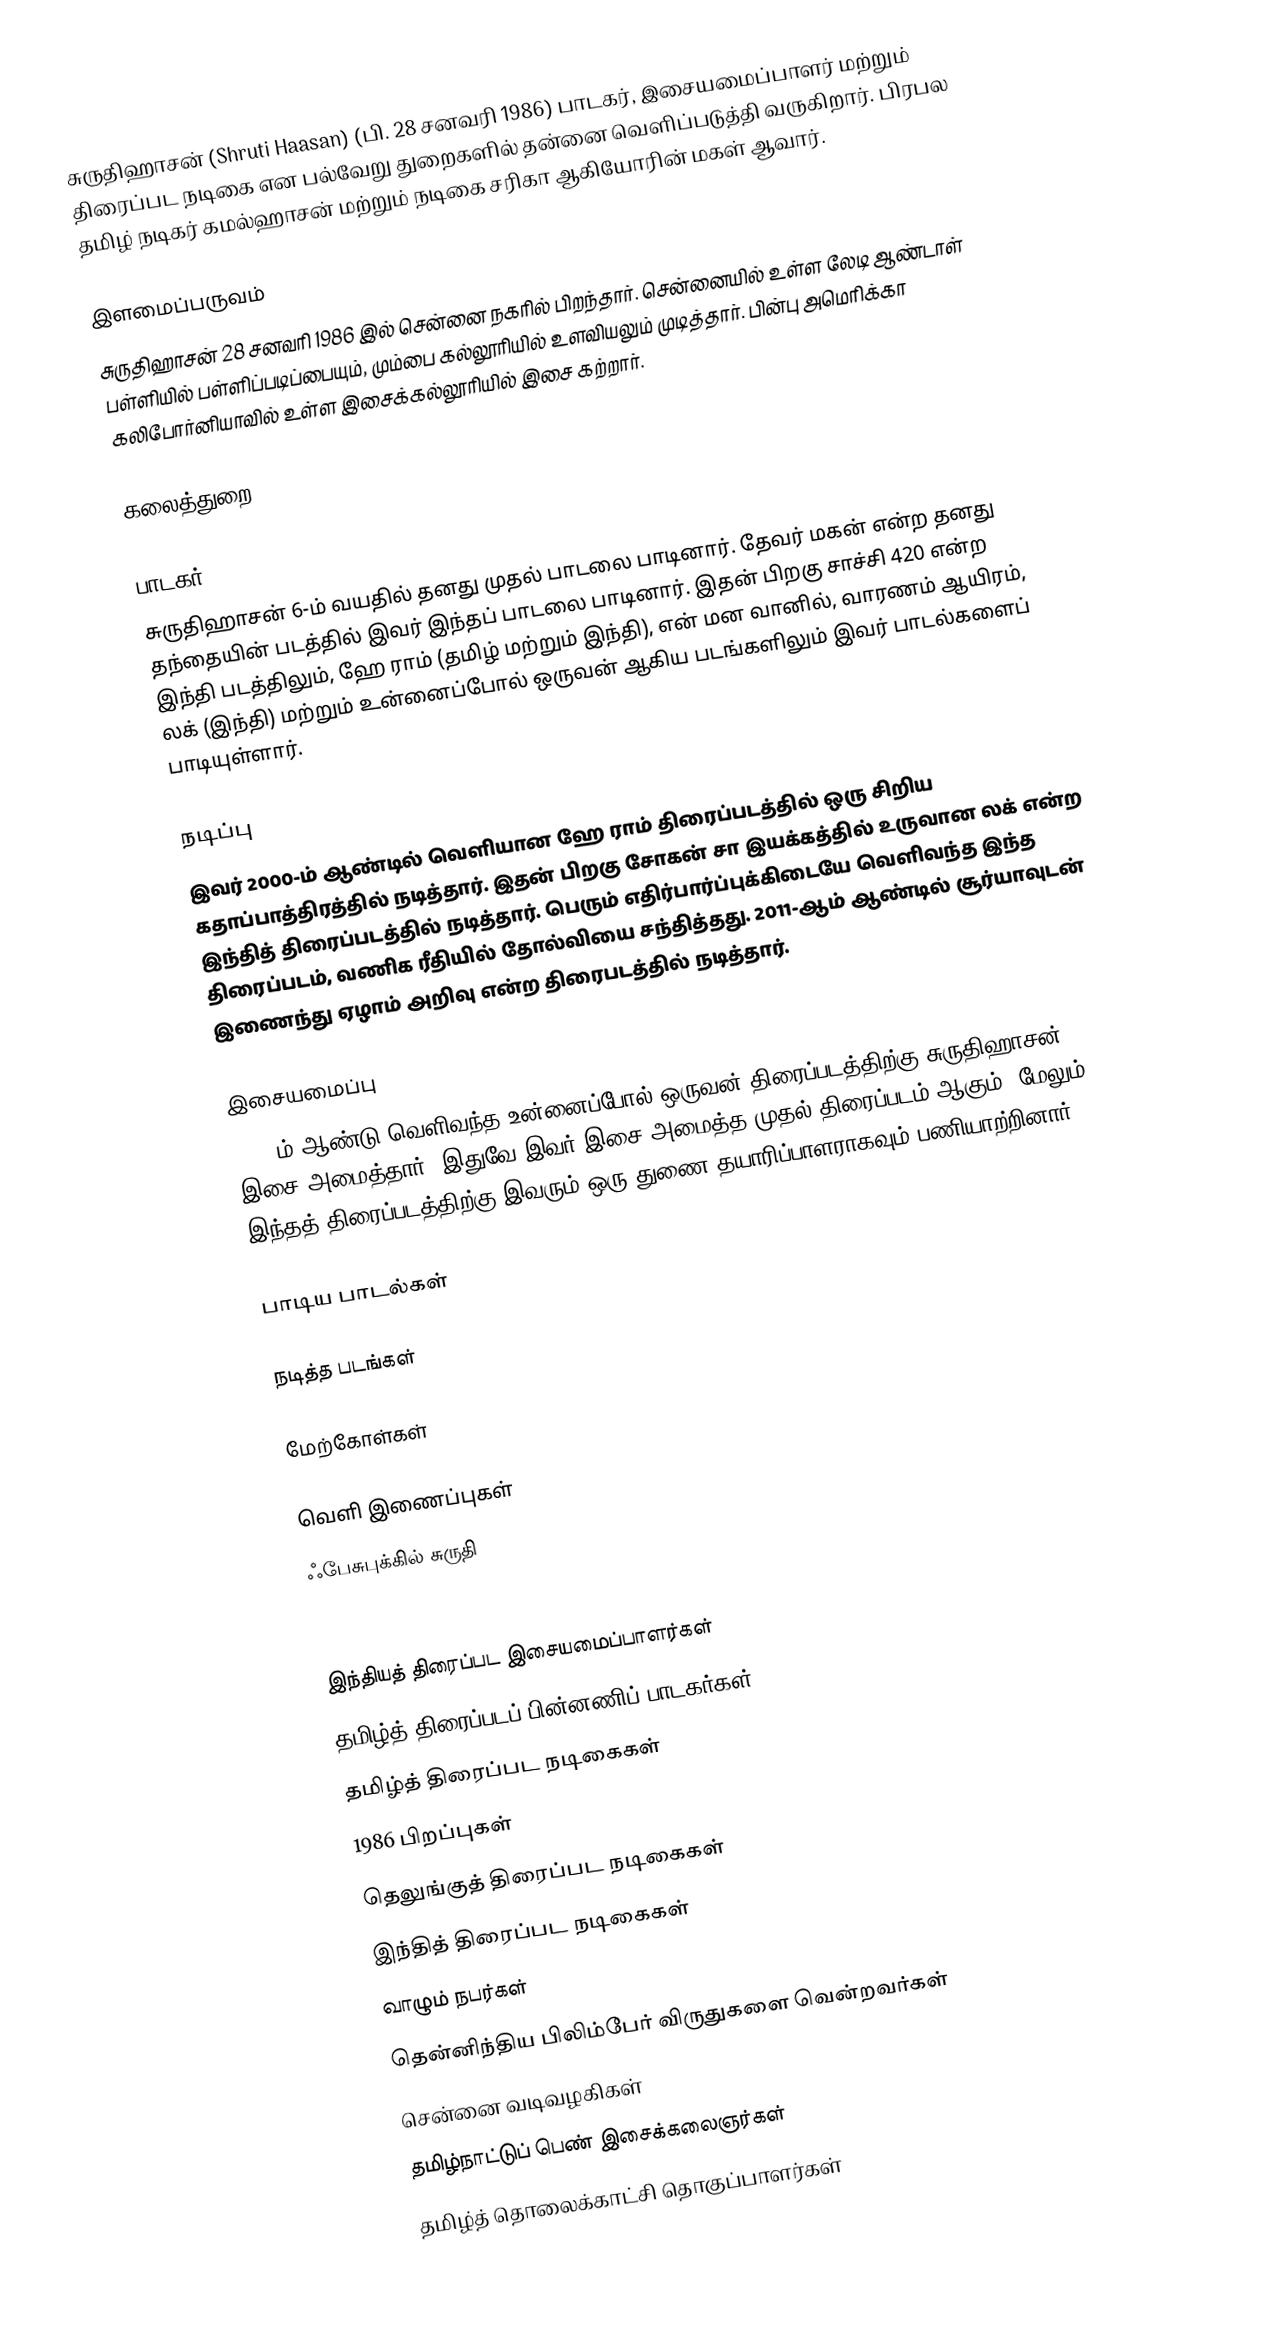
சுருதிஹாசன் (Shruti Haasan) (பி. 28 சனவரி 1986) பாடகர், இசையமைப்பாளர் மற்றும் திரைப்பட நடிகை என பல்வேறு துறைகளில் தன்னை வெளிப்படுத்தி வருகிறார். பிரபல தமிழ் நடிகர் கமல்ஹாசன் மற்றும் நடிகை சரிகா ஆகியோரின் மகள் ஆவார்.

இளமைப்பருவம்
சுருதிஹாசன் 28 சனவரி 1986 இல் சென்னை நகரில் பிறந்தார். சென்னையில் உள்ள லேடி ஆண்டாள் பள்ளியில் பள்ளிப்படிப்பையும், மும்பை கல்லூரியில் உளவியலும் முடித்தார். பின்பு அமெரிக்கா கலிபோர்னியாவில் உள்ள இசைக்கல்லூரியில் இசை கற்றார்.

கலைத்துறை

பாடகர்
சுருதிஹாசன் 6-ம் வயதில் தனது முதல் பாடலை பாடினார். தேவர் மகன் என்ற தனது தந்தையின் படத்தில் இவர் இந்தப் பாடலை பாடினார். இதன் பிறகு சாச்சி 420 என்ற இந்தி படத்திலும், ஹே ராம் (தமிழ் மற்றும் இந்தி), என் மன வானில், வாரணம் ஆயிரம், லக் (இந்தி) மற்றும் உன்னைப்போல் ஒருவன் ஆகிய படங்களிலும் இவர் பாடல்களைப் பாடியுள்ளார்.

நடிப்பு
இவர் 2000-ம் ஆண்டில் வெளியான ஹே ராம் திரைப்படத்தில் ஒரு சிறிய கதாப்பாத்திரத்தில் நடித்தார். இதன் பிறகு சோகன் சா இயக்கத்தில் உருவான லக் என்ற இந்தித் திரைப்படத்தில் நடித்தார். பெரும் எதிர்பார்ப்புக்கிடையே வெளிவந்த இந்த திரைப்படம், வணிக ரீதியில் தோல்வியை சந்தித்தது. 2011-ஆம் ஆண்டில் சூர்யாவுடன் இணைந்து ஏழாம் அறிவு என்ற திரைபடத்தில் நடித்தார்.

இசையமைப்பு
2009-ம் ஆண்டு வெளிவந்த உன்னைப்போல் ஒருவன் திரைப்படத்திற்கு சுருதிஹாசன் இசை அமைத்தார். இதுவே இவர் இசை அமைத்த முதல் திரைப்படம் ஆகும். மேலும் இந்தத் திரைப்படத்திற்கு இவரும் ஒரு துணை தயாரிப்பாளராகவும் பணியாற்றினார்.

பாடிய பாடல்கள்

நடித்த படங்கள்

மேற்கோள்கள்

வெளி இணைப்புகள்
ஃபேசுபுக்கில் சுருதி

இந்தியத் திரைப்பட இசையமைப்பாளர்கள்
தமிழ்த் திரைப்படப் பின்னணிப் பாடகர்கள்
தமிழ்த் திரைப்பட நடிகைகள்
1986 பிறப்புகள்
தெலுங்குத் திரைப்பட நடிகைகள்
இந்தித் திரைப்பட நடிகைகள்
வாழும் நபர்கள்
தென்னிந்திய பிலிம்பேர் விருதுகளை வென்றவர்கள்
சென்னை வடிவழகிகள்
தமிழ்நாட்டுப் பெண் இசைக்கலைஞர்கள்
தமிழ்த் தொலைக்காட்சி தொகுப்பாளர்கள்